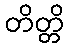
တိတ္တိ